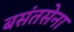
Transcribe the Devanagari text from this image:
बसंतसेना